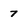
Character: 7